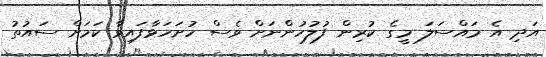
އަދި އެ މައްސަލަ މީގެ ކުރިން ފުލުހުންނަށް ވެސް ހުށަހަޅާފައިވާ ކަމަށް ސައުތު